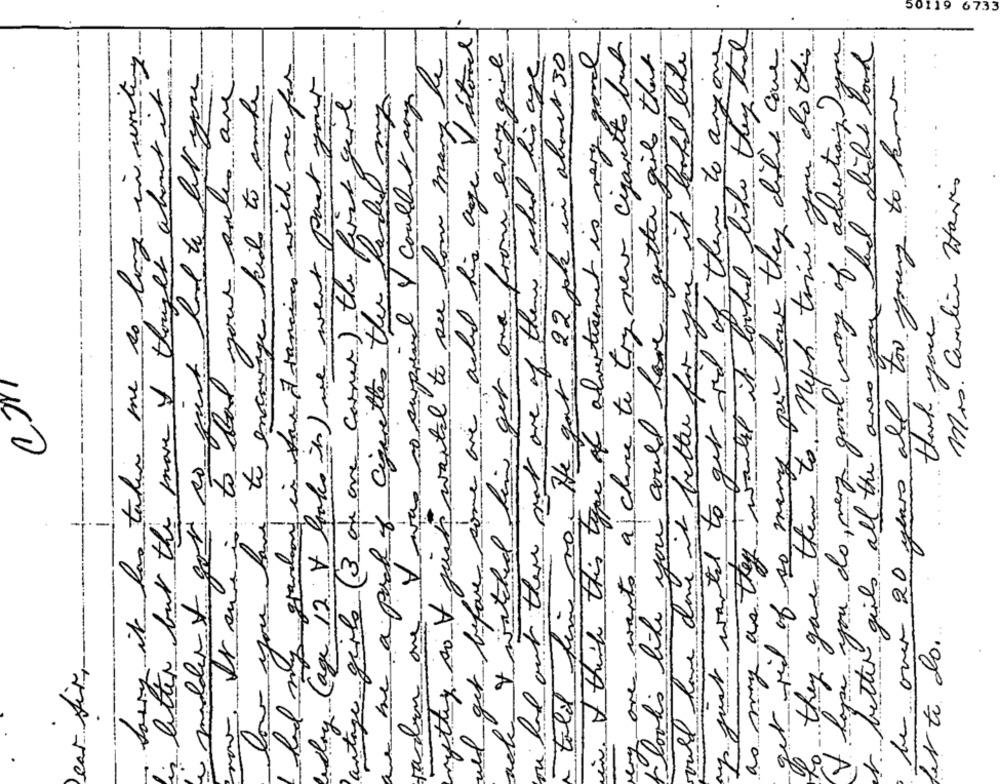
50119 6733
und get before some are added his age Valord
ay just wanted to get rid of them to anyone
as may as they would it looked like they the
they gave them to neph time of the Jyou
very one wants a chance to try new cigarette but
at rid of so many pur low they dile core
do this
ace I watched him get one from every give
his age
ook in about 30
in. I think this type of advertisement is very good
you could have gotten gile that
would have done it better for you it looked like
larry it has taken me to long in writing
I had my grandeon in fau Francisco with me for
a mildert got so gut had to let you
all too young to how
are
in letter but the move I thought about it
The to encourage kids to anade
undry (age 12 V looks in ) we want part your
antage girls (3 of ane corner) the first gard
a pack of cigarettes the handel my.
paslan one I was to surprised & couller por
mythey so I just wanted to see how many
at your only
Mrs. Carlin Haiis
cape you do, very good way of ad
ou had out there was one of them and
- 22 pk
thank you
no. He got
girls all the !
le over 20 years
low you.
Flooks like
1. better gi
ly to do.
eur Sir,
told
I lap
to